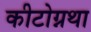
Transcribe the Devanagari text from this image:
कीटोग्नथा